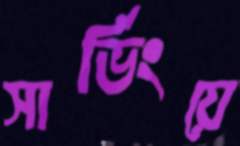
সার্ভিংয়ে